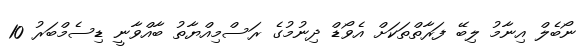
ނޯބެލް އިނާމު ލިބޭ ފަރާތްތަކަށް އެވޯޑް ދިނުމުގެ ރަސްމިއްޔާތު ބާއްވާނީ ޑިސެމްބަރު 10